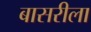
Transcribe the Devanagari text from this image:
बासरीला